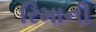
રિમાની